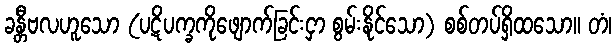
ခန္တီဗလဟူသော (ပဋိပက္ခကိုဖျောက်ခြင်းငှာ စွမ်းနိုင်သော) စစ်တပ်ရှိထသော။ တံ၊